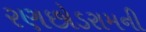
રણછોડરામની